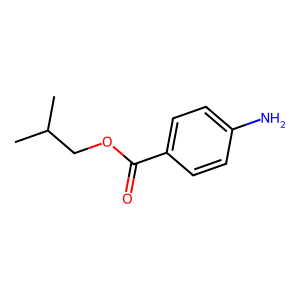
SMILES: CC(C)COC(=O)c1ccc(N)cc1
Inhibits HIV replication: No